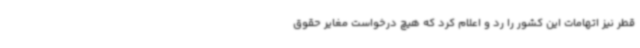
قطر نیز اتهامات این کشور را رد و اعلام کرد که هیچ درخواست مغایر حقوق